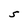
Character: S